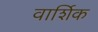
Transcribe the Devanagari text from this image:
वार्शिक